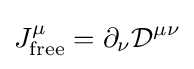
J_{\text{free}}^{\mu }=\partial _{\nu }{\mathcal {D}}^{\mu \nu }